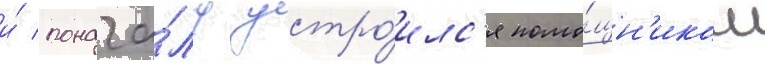
и́ понача́лу устро́илс'я помо́щн'иком